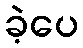
ခဲ့ပေ